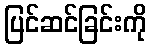
ပြင်ဆင်ခြင်းကို